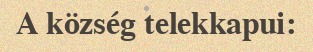
A község telekkapui: